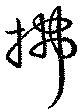
払